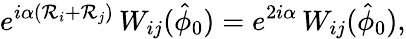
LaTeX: e^{i\alpha\left(\mathcal{R}_{i}+\mathcal{R}_{j}\right)}\, W_{ij}(\hat{{\phi}}_{0})=e^{2i\alpha}\, W_{ij}(\hat{{\phi}}_{0}),